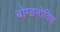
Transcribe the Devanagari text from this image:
बोग्डनोविच